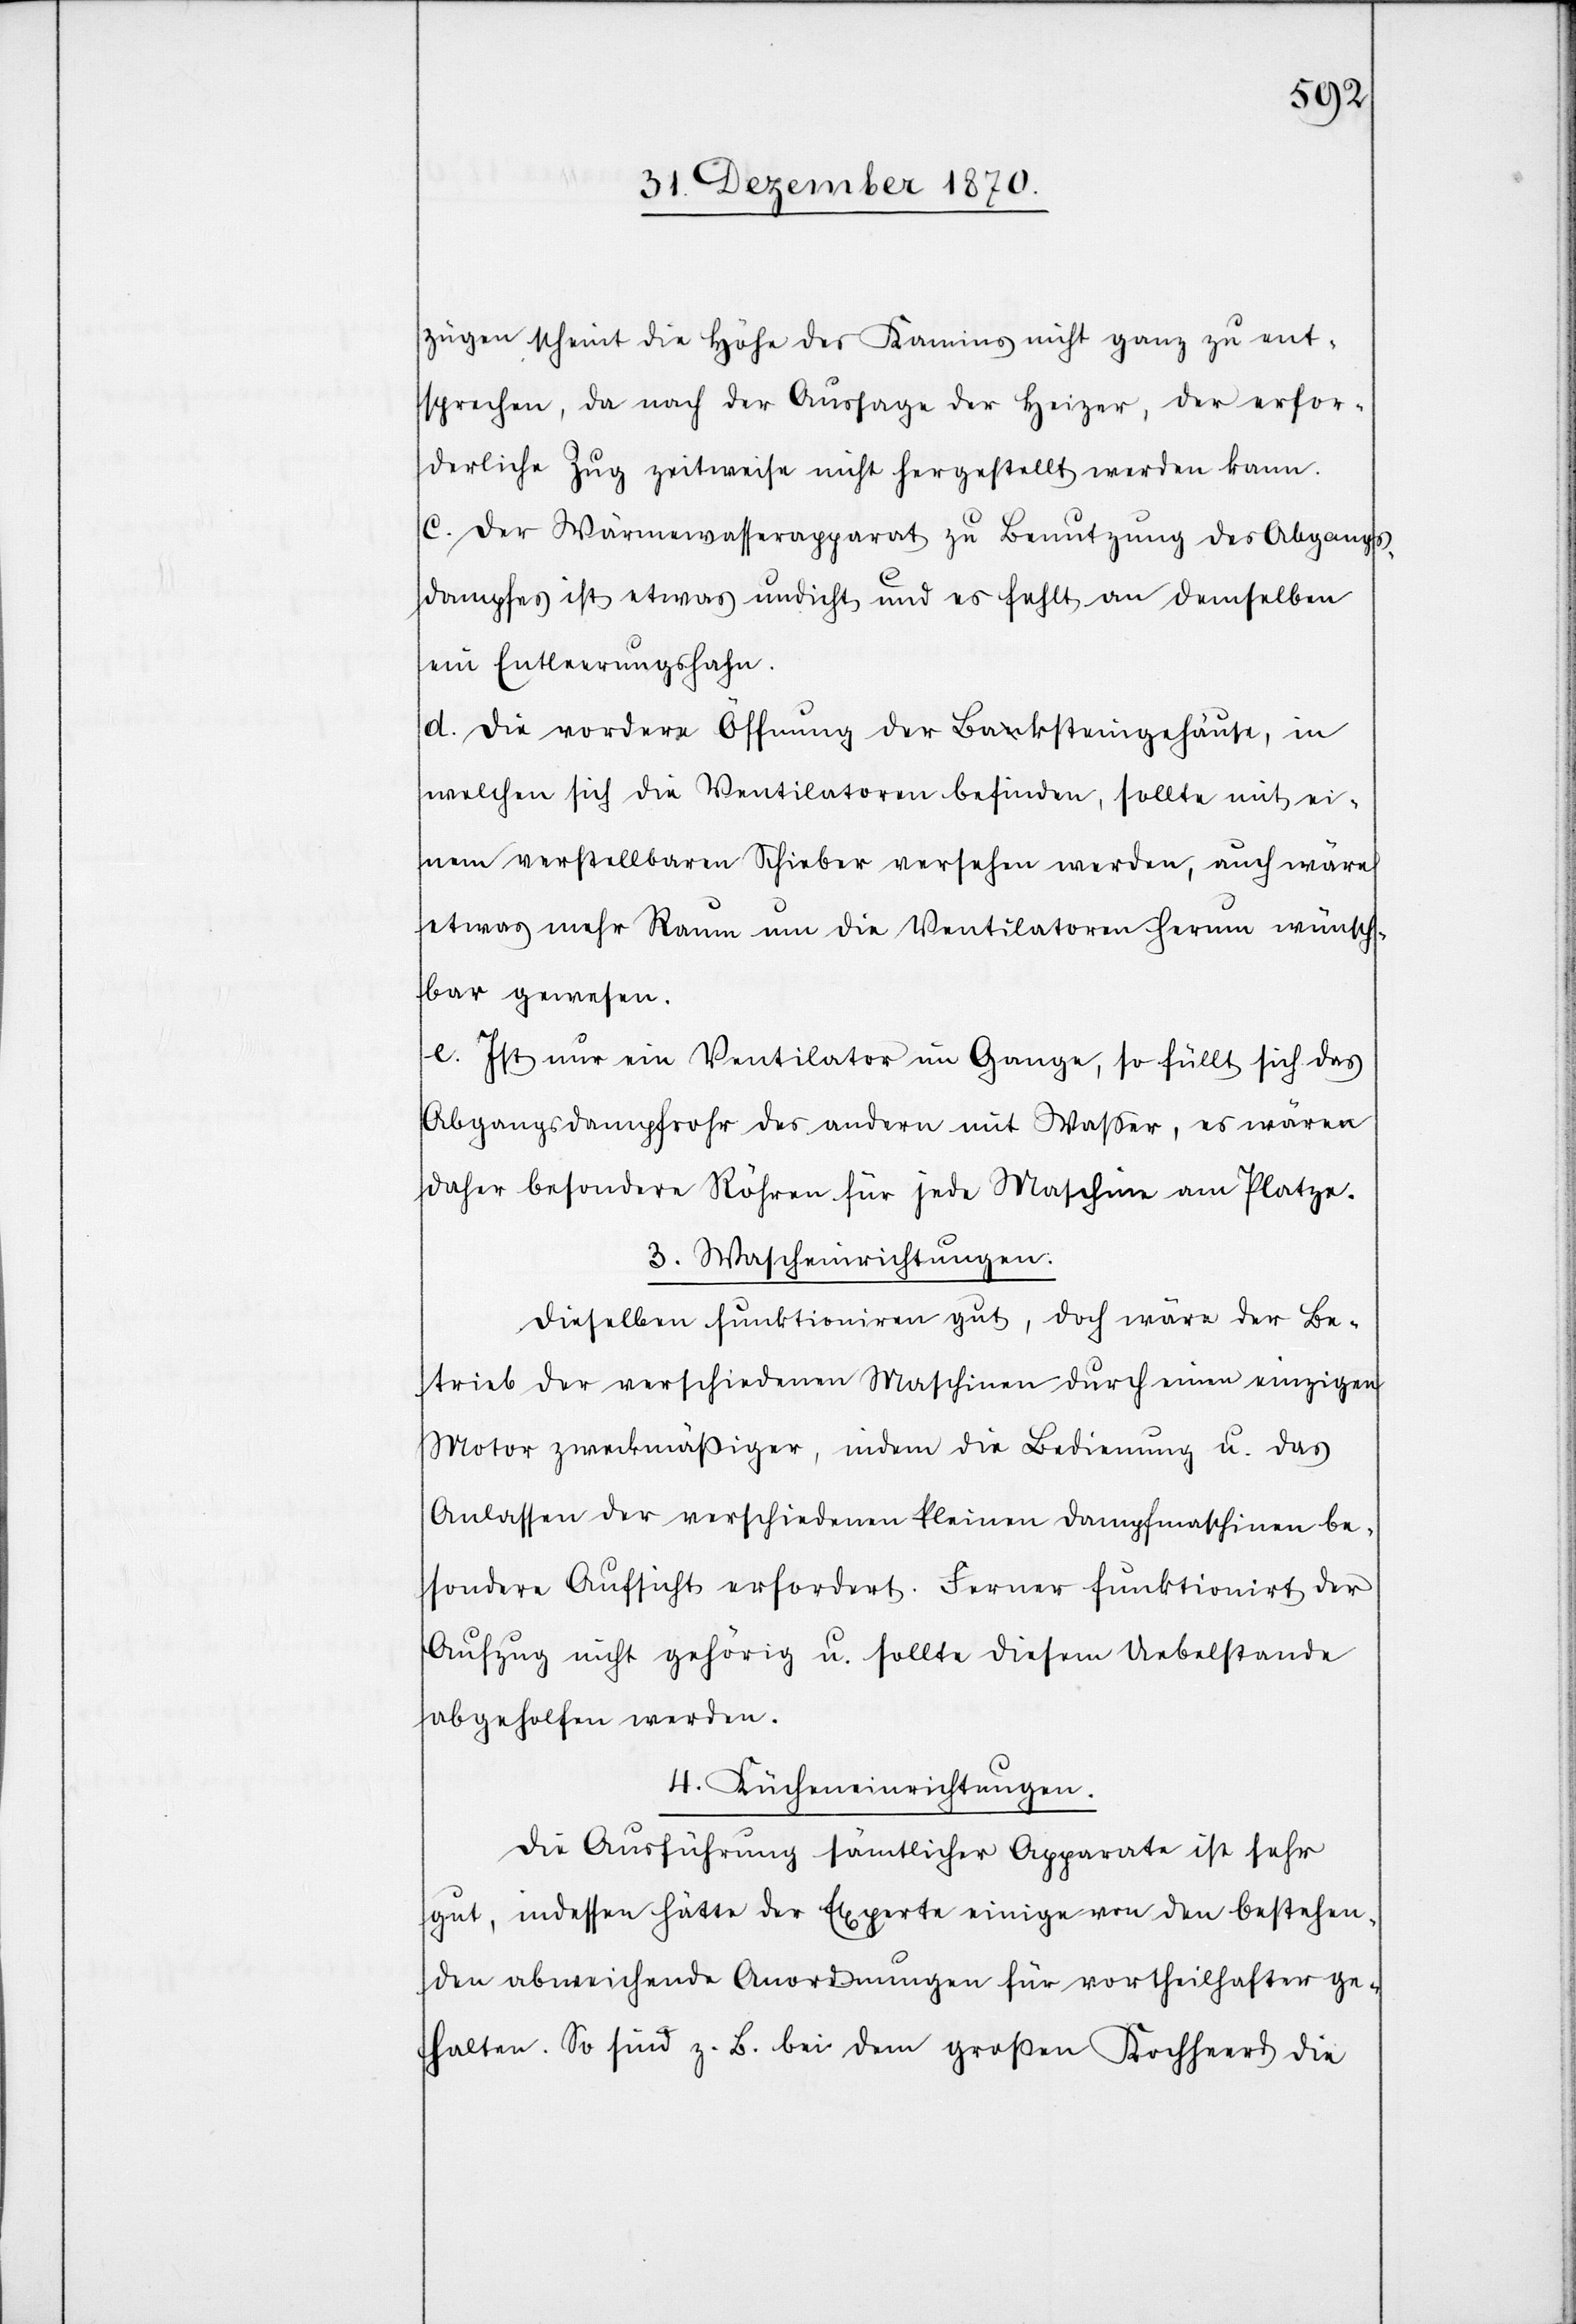
zügen scheint die Höhe des Kamins nicht ganz zu ent¬
sprechen, da nach der Aussage der Heizer, der erfor¬
derliche Zug zeitweise nicht hergestellt werden kann.
c. Der Wärmewasserapparat zu Benutzung des Abgangs¬
dampfes ist etwas undicht und es fehlt an demselben
ein Entleerungshahn.
d. Die vordere Öffnung der Backsteingehäuse, in
welchen sich die Ventilatoren befinden, sollte mit ei¬
nem verstellbaren Schieber versehen werden, auch wäre
etwas mehr Raum um die Ventilatoren herum wünsch¬
bar gewesen.
e. Ist nur ein Venitlator im Gange, so füllt sich das
Abgangsdampfrohr des andern mit Waßer, es wären
daher besondere Röhren für jede Maschine am Platze.
3. Wascheinrichtungen.
Dieselben funktioniren gut, doch wäre der Be¬
trieb der verschiedenen Maschinen durch einen einzigen
Motor zweckmäßiger, indem die Bedienung u. das
Anlassen der verschiedenen kleinen Dampfmaschinen be¬
sondere Aufsicht erfordert. Ferner funktionirt der
Aufzug nicht gehörig u. sollte diesem Uebelstande
abgeholfen werden.
4. Kücheneinrichtungen.
Die Ausführung sämtlicher Apparate ist sehr
gut, indessen hätte der Experte einige von den bestehen¬
den abweichende[n] Anordnungen für vortheilhafter ge¬
halten. So sind z. B. bei dem großen Kochherd die